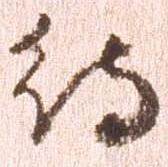
待